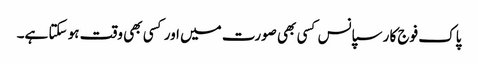
پاک فوج کا رسپانس کسی بھی صورت میں اور کسی بھی وقت ہو سکتا ہے۔